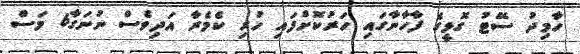
ހާމިދު ސޭޓު ގޮޅީގެ ފާހާނާގައި ހަރުކޮށްފައި ހުރި ކެމެރާ އަދިވެސް ނުނަގާ6 މަސް